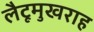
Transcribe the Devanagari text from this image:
लैटूमुखराह